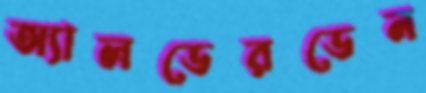
অ্যালডেরডেন